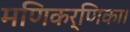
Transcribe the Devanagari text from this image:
मणिकर्णिका।